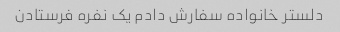
دلستر خانواده سفارش دادم یک نفره فرستادن